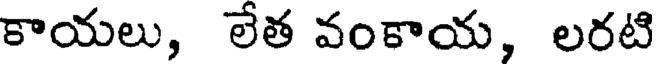
కాయలు, లేత వంకాయ, లరటి